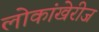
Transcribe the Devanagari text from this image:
लोकांखेरीज